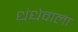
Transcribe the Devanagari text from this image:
धंधेवाला